Insane asylums in Bengal annual reports 1876-1887 - 1876-1887
Year: 1876
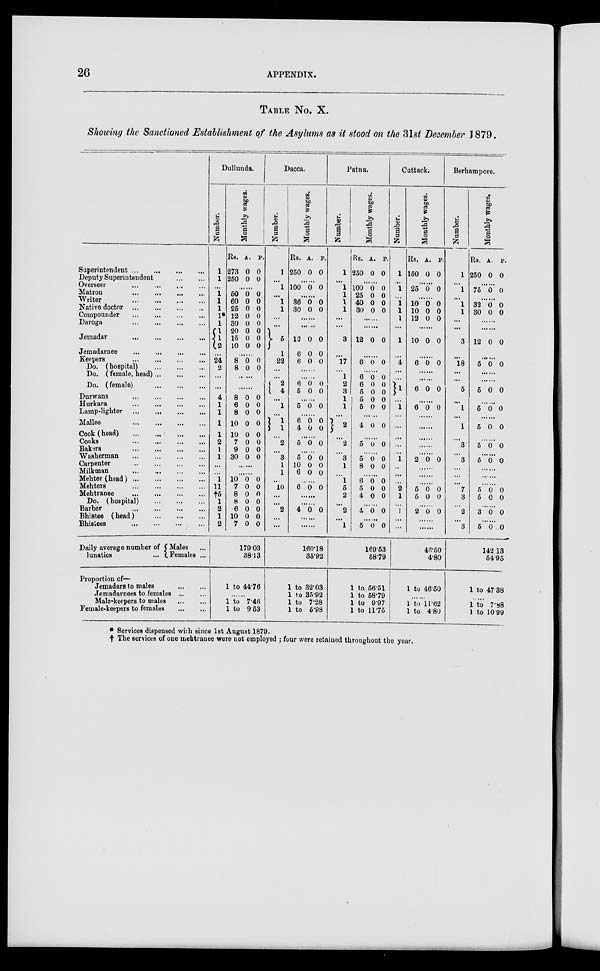
26
APPENDIX.
TABLE No. X.
Showing the Sanctioned Establishment of the Asylums as it stood on the 31st December 1879.
Superintendent
...
...
...
...
Deputy Superintendent
...
...
Overseer
...
...
...
...
Matron
...
...
...
...
Writer ... ... ... ...
Native doctor
...
...
...
...
Compounder
...
...
...
...
Daroga
...
...
...
...
Jemadar
...
...
...
...
Jemadarnee
...
...
...
...
Keepers
...
...
...
...
Do. (hospital) ... ... ... ...
Do. (female, head) ... ... ... ...
Do. (female)
...
...
...
...
Durwans
...
...
...
...
Hurkara
...
...
...
...
Lamp-lighter
...
...
...
...
Mallee
...
...
...
...
Cook (head)
...
...
...
...
Cooks
...
...
...
...
Bakers
...
...
...
...
Washerman
...
...
...
...
Carpenter
...
...
...
...
Milkman
...
...
...
...
Mehter(head)
...
...
...
...
Mehters
...
...
...
...
Mehtranee
...
...
...
...
Do. (hospital) ... ... ... ...
Barber
...
...
...
...
Bhistee (head) ... ... ... ...
Bhisiees
...
...
...
...
Daily average number of
lunatics ...
Males
Females ...
Proportion of—
Jemadars to males
...
...
Jemadarnees to females
...
...
Male-keepers to males
...
...
Female-keepers to females
...
...
Dullunda.
Number.
1
1
...
1
1
1
1*
1
1
1
2
...
24
2
...
...
4
1
1
1
1
2
1
1
...
...
1
11
†5
1
2
1
2
Monthly wages.
Rs.
273
250
A.
0
0
P.
0
0
......
50
60
25
12
30
20
15
10
0
0
0
0
0
0
0
0
0
0
0
0
0
0
0
0
......
8
8
0
0
0
0
......
......
8
6
8
10
10
7
9
30
0
0
0
0
0
0
0
0
0
0
0
0
0
0
0
0
......
10
7
8
8
6
10
7
0
0
0
0
0
0
0
0
0
0
0
0
0
0
179.03
38.13
1 to 44.76
......
1 to 7.46
1 to 9.53
Dacca.
Number.
1
...
1
...
1
1
...
...
5
1
22
...
...
2
4
...
1
...
1
1
...
2
...
3
1
1
...
10
...
...
2
...
...
Monthly wages.
Rs.
250
A.
0
P.
0
......
100 0 0
......
36
30
0
0
0
0
......
......
12
6
6
0
0
0
0
0
0
......
... ...
6
5
0
0
0
0
......
5 0 0
......
6
4
0
0
0
0
......
5 0 0
......
5
10
6
0
0
0
0
0
0
......
6 0 0
........
........
4 0 0
......
......
160.18
35.92
1 to 32.03
1 to 35.92
1 to 7.28
1 to 5.98
Patna.
Number.
1
...
1
1
1
1
...
...
3
...
17
...
1
2
3
1
1
...
2
......
2
...
3
1
...
1
5
2
...
2
...
1
Monthly wages.
Rs.
250
A.
0
P.
0
......
100
25
40
30
0
0
0
0
0
0
0
0
......
......
12 0 0
......
6 0 0
......
6
6
5
5
5
0
0
0
0
0
0
0
0
0
0
......
4 0 0
......
5 0 0
......
5
8
0
0
0
0
......
6
5
4
0
0
0
0
0
0
......
4 0 0
......
5 0 0
169.53
58.79
1 to 56.51
1 to 58.79
1 to 9.97
1 to 11.75
Cuttack.
Number.
1
...
1
...
1
1
1
...
1
...
4
...
...
1
...
1
...
...
...
...
...
1
..
...
...
2
1
...
1
...
...
Monthly wages.
Rs.
150
A.
0
P.
0
......
25 0 0
......
10
10
12
0
0
0
0
0
0
......
10 0 0
......
6 0 0
......
......
6 0 0
......
6 0 0
......
......
......
......
......
2 0 0
......
......
......
5
5
0
0
0
0
......
2 0 0
......
......
46.50
4.80
1 to 46.50
......
1 to 11.62
1 to 4.80
Berhampore.
Number.
1
...
1
...
1
1
...
...
3
...
18
...
...
5
...
1
...
1
...
3
...
3
...
...
...
7
3
...
2
...
3
Monthly wages.
Rs.
250
A.
0
P.
0
......
75 0 0
......
32
30
0
0
0
0
......
......
12 0 0
......
5 0 0
5 0 0
......
5 0 0
......
5 0 0
......
5 0 0
......
5 0 0
......
......
......
5
5
0
0
0
0
......
3 0 0
......
5 0 0
142.13
54.95
1 to 47.38
1 to 7.88
1 to 10.99
* Services dispensed with since 1st August 1879.
† The services of one mehtranee were not employed ; four were retained throughout the year.